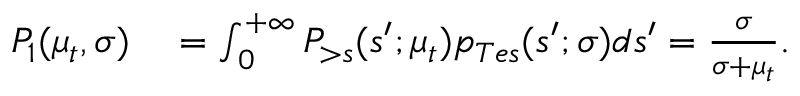
\begin{array} { r l } { P _ { 1 } ( \mu _ { t } , \sigma ) } & { { } = \int _ { 0 } ^ { + \infty } P _ { > s } ( s ^ { \prime } ; \mu _ { t } ) p _ { T e s } ( s ^ { \prime } ; \sigma ) d s ^ { \prime } = \frac { \sigma } { \sigma + \mu _ { t } } . } \end{array}